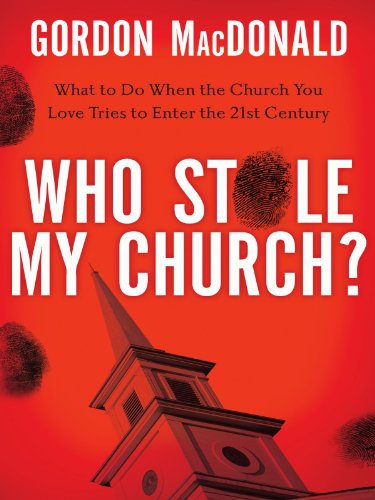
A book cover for Who Stole My Church: What to Do When the Church You Love Tries to Enter the 21st Century; Gordon MacDonald; Christian Books & Bibles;